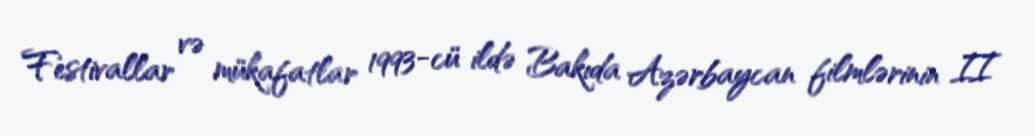
Festivallar və mükafatlar 1993-cü ildə Bakıda Azərbaycan filmlərinin II